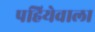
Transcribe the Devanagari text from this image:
पहियेवाला